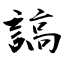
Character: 謞